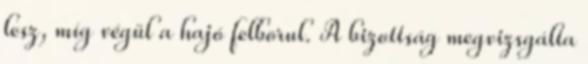
lesz, míg végül a hajó felborul. A bizottság megvizsgálta